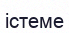
істеме